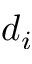
d _ { i }